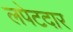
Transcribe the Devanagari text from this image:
लपेटदार